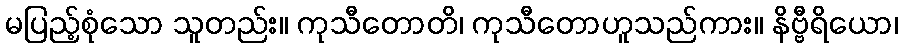
မပြည့်စုံသော သူတည်း။ ကုသီတောတိ၊ ကုသီတောဟူသည်ကား။ နိဗ္ဗီရိယော၊